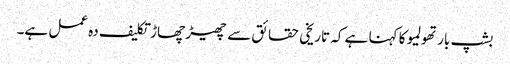
بشپ بارتھولمیو کا کہنا ہے کہ تاریخی حقائق سے چھیڑ چھاڑ تکلیف دہ عمل ہے۔